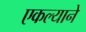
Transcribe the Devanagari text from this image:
एकल्याने